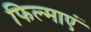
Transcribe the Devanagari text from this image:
फिल्माएं